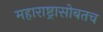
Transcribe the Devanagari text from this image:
महाराष्ट्रासोबतच